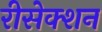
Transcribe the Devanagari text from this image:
रीसेक्शन